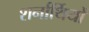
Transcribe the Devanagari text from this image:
शर्नार्थियों